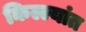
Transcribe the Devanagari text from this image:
किल्ल्यांत